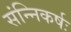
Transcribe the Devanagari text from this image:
संन्निकर्षः